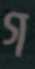
গ